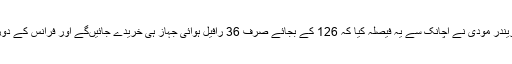
اس کے بعد 10 اپریل 2015 کو نریندر مودی نے اچانک سے یہ فیصلہ کیا کہ 126 کے بجائے صرف 36 رافیل ہوائی جہاز ہی خریدے جائیں‌گے اور فرانس کے دورے کے دوران یہ ڈیل سائن کر دی۔